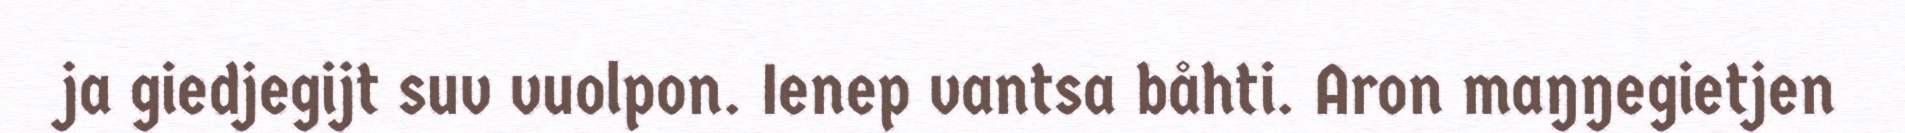
ja giedjegijt suv vuolpon. Ienep vantsa båhti. Aron maŋŋegietjen